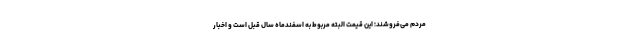
مردم می‌فروشند؛ این قیمت البته مربوط به اسفندماه سال قبل است و اخبار